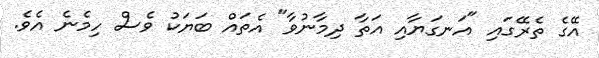
އޭގެ ތެރޭގައި "އަނގަޔާއި އަތާ ދިމާނުވާ" އެތައް ބަޔަކު ވެސް ހިމެނެ އެވެ.